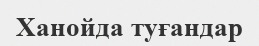
Ханойда туғандар